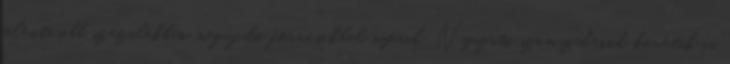
jelentősebb százalékban megújuló forrásokból nyerik. Nyugati szomszédaink követik is